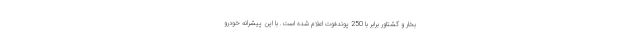
بخار و گشتاور برابر با 250 پوندفوت اعلام شده است. با این پیشرانه خودرو